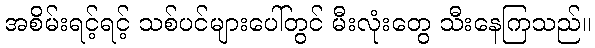
အစိမ်းရင့်ရင့် သစ်ပင်များပေါ်တွင် မီးလုံးတွေ သီးနေကြသည်။